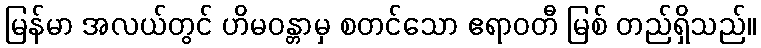
မြန်မာ အလယ်တွင် ဟိမဝန္တာမှ စတင်သော ဧရာဝတီ မြစ် တည်ရှိသည်။